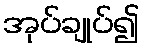
အုပ်ချုပ်၍